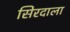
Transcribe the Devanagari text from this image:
सिरदाला